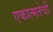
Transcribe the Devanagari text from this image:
एकात्मतेची